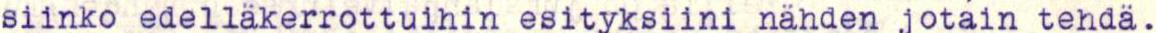
siinko edelläkerrottuihin esityksiini nähden jotain tehdä.